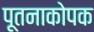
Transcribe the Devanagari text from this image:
पूतनाकोपक